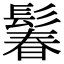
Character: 鬊